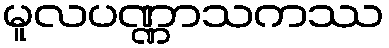
မူလပဏ္ဏာသကဿ